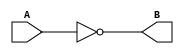
`timescale 1ns / 1ps
//////////////////////////////////////////////////////////////////////////////////
// Company: 
// Engineer: 
// 
// Design Name: 
// Module Name: not_gate
// Project Name: 
// Target Devices: 
// Tool Versions: 
// Description: 
// 
// Dependencies: 
// 
// Revision:
// Revision 0.01 - File Created
// Additional Comments:
// 
//////////////////////////////////////////////////////////////////////////////////


module not_gate(
    input A,
    output B
    );
    assign B=~A;
endmodule